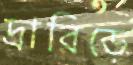
দ্রাবিড়ে